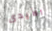
الأيدى